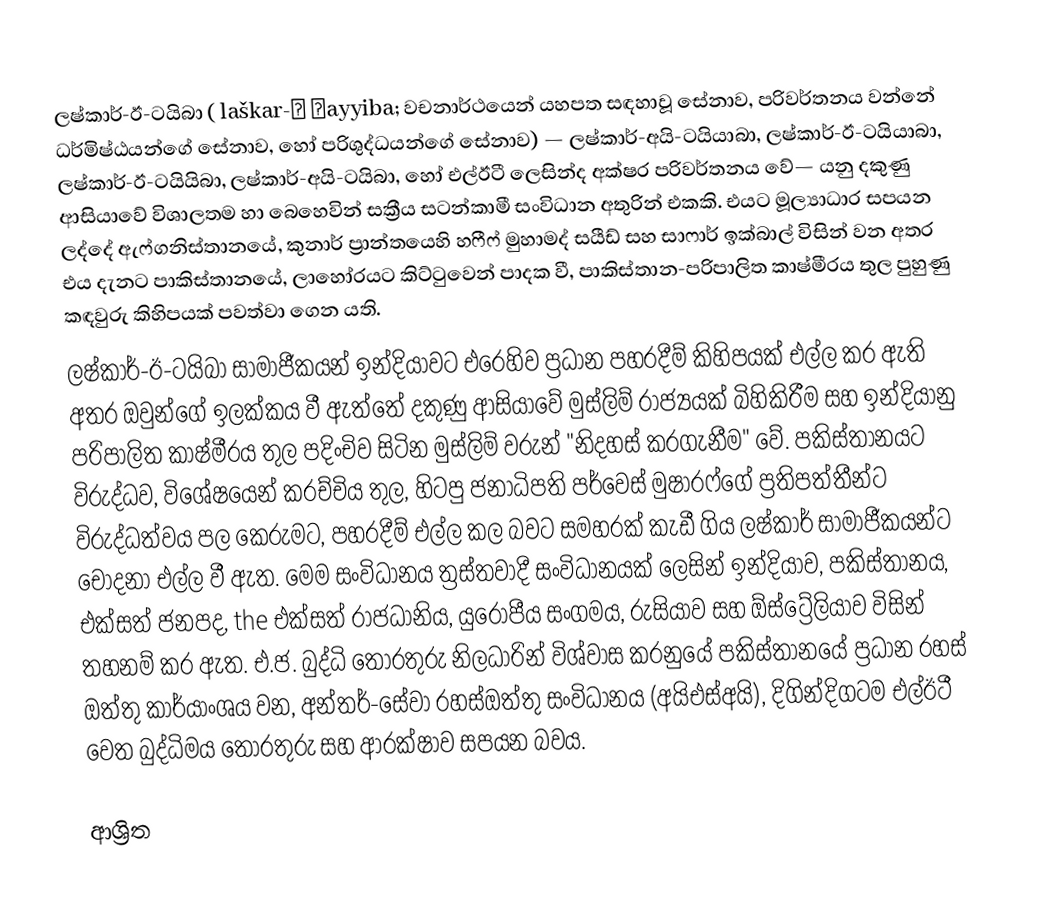
ලෂ්කාර්-ඊ-ටයිබා ( laškar-ĕ ṯayyiba; වචනාර්ථයෙන් යහපත සඳහාවූ සේනාව, පරිවර්තනය වන්නේ ධර්මිෂ්ඨයන්ගේ සේනාව, හෝ පරිශුද්ධයන්ගේ සේනාව) — ලෂ්කාර්-අයි-ටයියාබා, ලෂ්කාර්-ඊ-ටයියාබා, ලෂ්කාර්-ඊ-ටයියිබා, ලෂ්කාර්-අයි-ටයිබා, හෝ එල්ඊටී  ලෙසින්ද අක්ෂර පරිවර්තනය වේ— යනු  දකුණු ආසියාවේ විශාලතම  හා බෙහෙවින් සක්‍රීය සටන්කාමී  සංවිධාන අතුරින් එකකි. එයට මූල්‍යාධාර සපයන ලද්දේ ඇෆ්ගනිස්තානයේ, කුනාර් ප්‍රාන්තයෙහි  හෆීෆ් මුහාමද් සයීඩ් සහ සාෆාර් ඉක්බාල් විසින් වන අතර එය දැනට පාකිස්තානයේ, ලාහෝරයට කිට්ටුවෙන් පාදක වී,   පාකිස්තාන-පරිපාලිත කාෂ්මීරය තුල පුහුණු කඳවුරු කිහිපයක් පවත්වා ගෙන යති.
ලෂ්කාර්-ඊ-ටයිබා සාමාජීකයන්  ඉන්දියාවට එරෙහිව ප්‍රධාන පහරදීම් කිහිපයක් එල්ල කර ඇති අතර ඔවුන්ගේ ඉලක්කය වී ඇත්තේ දකුණු ආසියාවේ මුස්ලිම් රාජ්‍යයක් බිහිකිරීම සහ ඉන්දියානු පරිපාලිත කාෂ්මීරය තුල පදිංචිව සිටින මුස්ලිම් වරුන් "නිදහස් කරගැනීම" වේ‍. පකිස්තානයට විරුද්ධව, විශේෂයෙන්  කරච්චිය තුල, හිටපු ජනාධිපති පර්වෙස් මුෂාරෆ්ගේ ප්‍රතිපත්තීන්ට විරුද්ධත්වය පල කෙරුමට, පහරදීම් එල්ල කල බවට සමහරක් කැඩී ගිය ලෂ්කාර් සාමාජීකයන්ට චෝදනා එල්ල වී ඇත. මෙම සංවිධානය  ත්‍රස්තවාදී සංවිධානයක් ලෙසින්   ඉන්දියාව, පකිස්තානය, එක්සත් ජනපද, the එක්සත් රාජධානිය, යුරෝපීය සංගමය, රුසියාව සහ ඕස්ට්‍රේලියාව විසින් තහනම් කර ඇත. එ.ජ. බුද්ධි තොරතුරු නිලධාරින් විශ්වාස කරනුයේ පකිස්තානයේ ප්‍රධාන රහස් ඔත්තු කාර්යාංශය වන, අන්තර්-සේවා රහස්ඔත්තු සංවිධානය (අයිඑස්අයි), දිගින්දිගටම එල්ඊටී වෙත බුද්ධිමය තොරතුරු සහ ආරක්ෂාව සපයන බවය.

ආශ්‍රිත